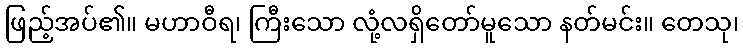
ဖြည့်အပ်၏။ မဟာဝီရ၊ ကြီးသော လုံ့လရှိတော်မူသော နတ်မင်း။ တေသု၊